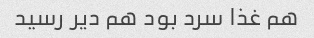
هم غذا سرد بود هم دیر رسید